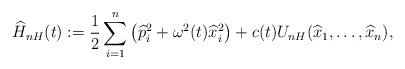
LaTeX: \begin{align*}\widehat{H}_{nH}(t):=\frac{1}{2}\sum_{i=1}^n\left({ \widehat{p}}_i^2+\omega^2(t)\widehat{x}_i^2\right)+c(t){U_{nH}}({ \widehat{x}}_1,\ldots,{ \widehat{x}}_n),\end{align*}